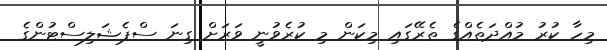
މިހާ ކުރު މުއްދަތެއްގެ ތެރޭގައި މިކަން މި ކުރެވުނީ ވަރަށް ގިނަ ސްޕެޝަލިސްޓުންގެ